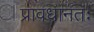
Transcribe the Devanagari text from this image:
प्रावधानतः